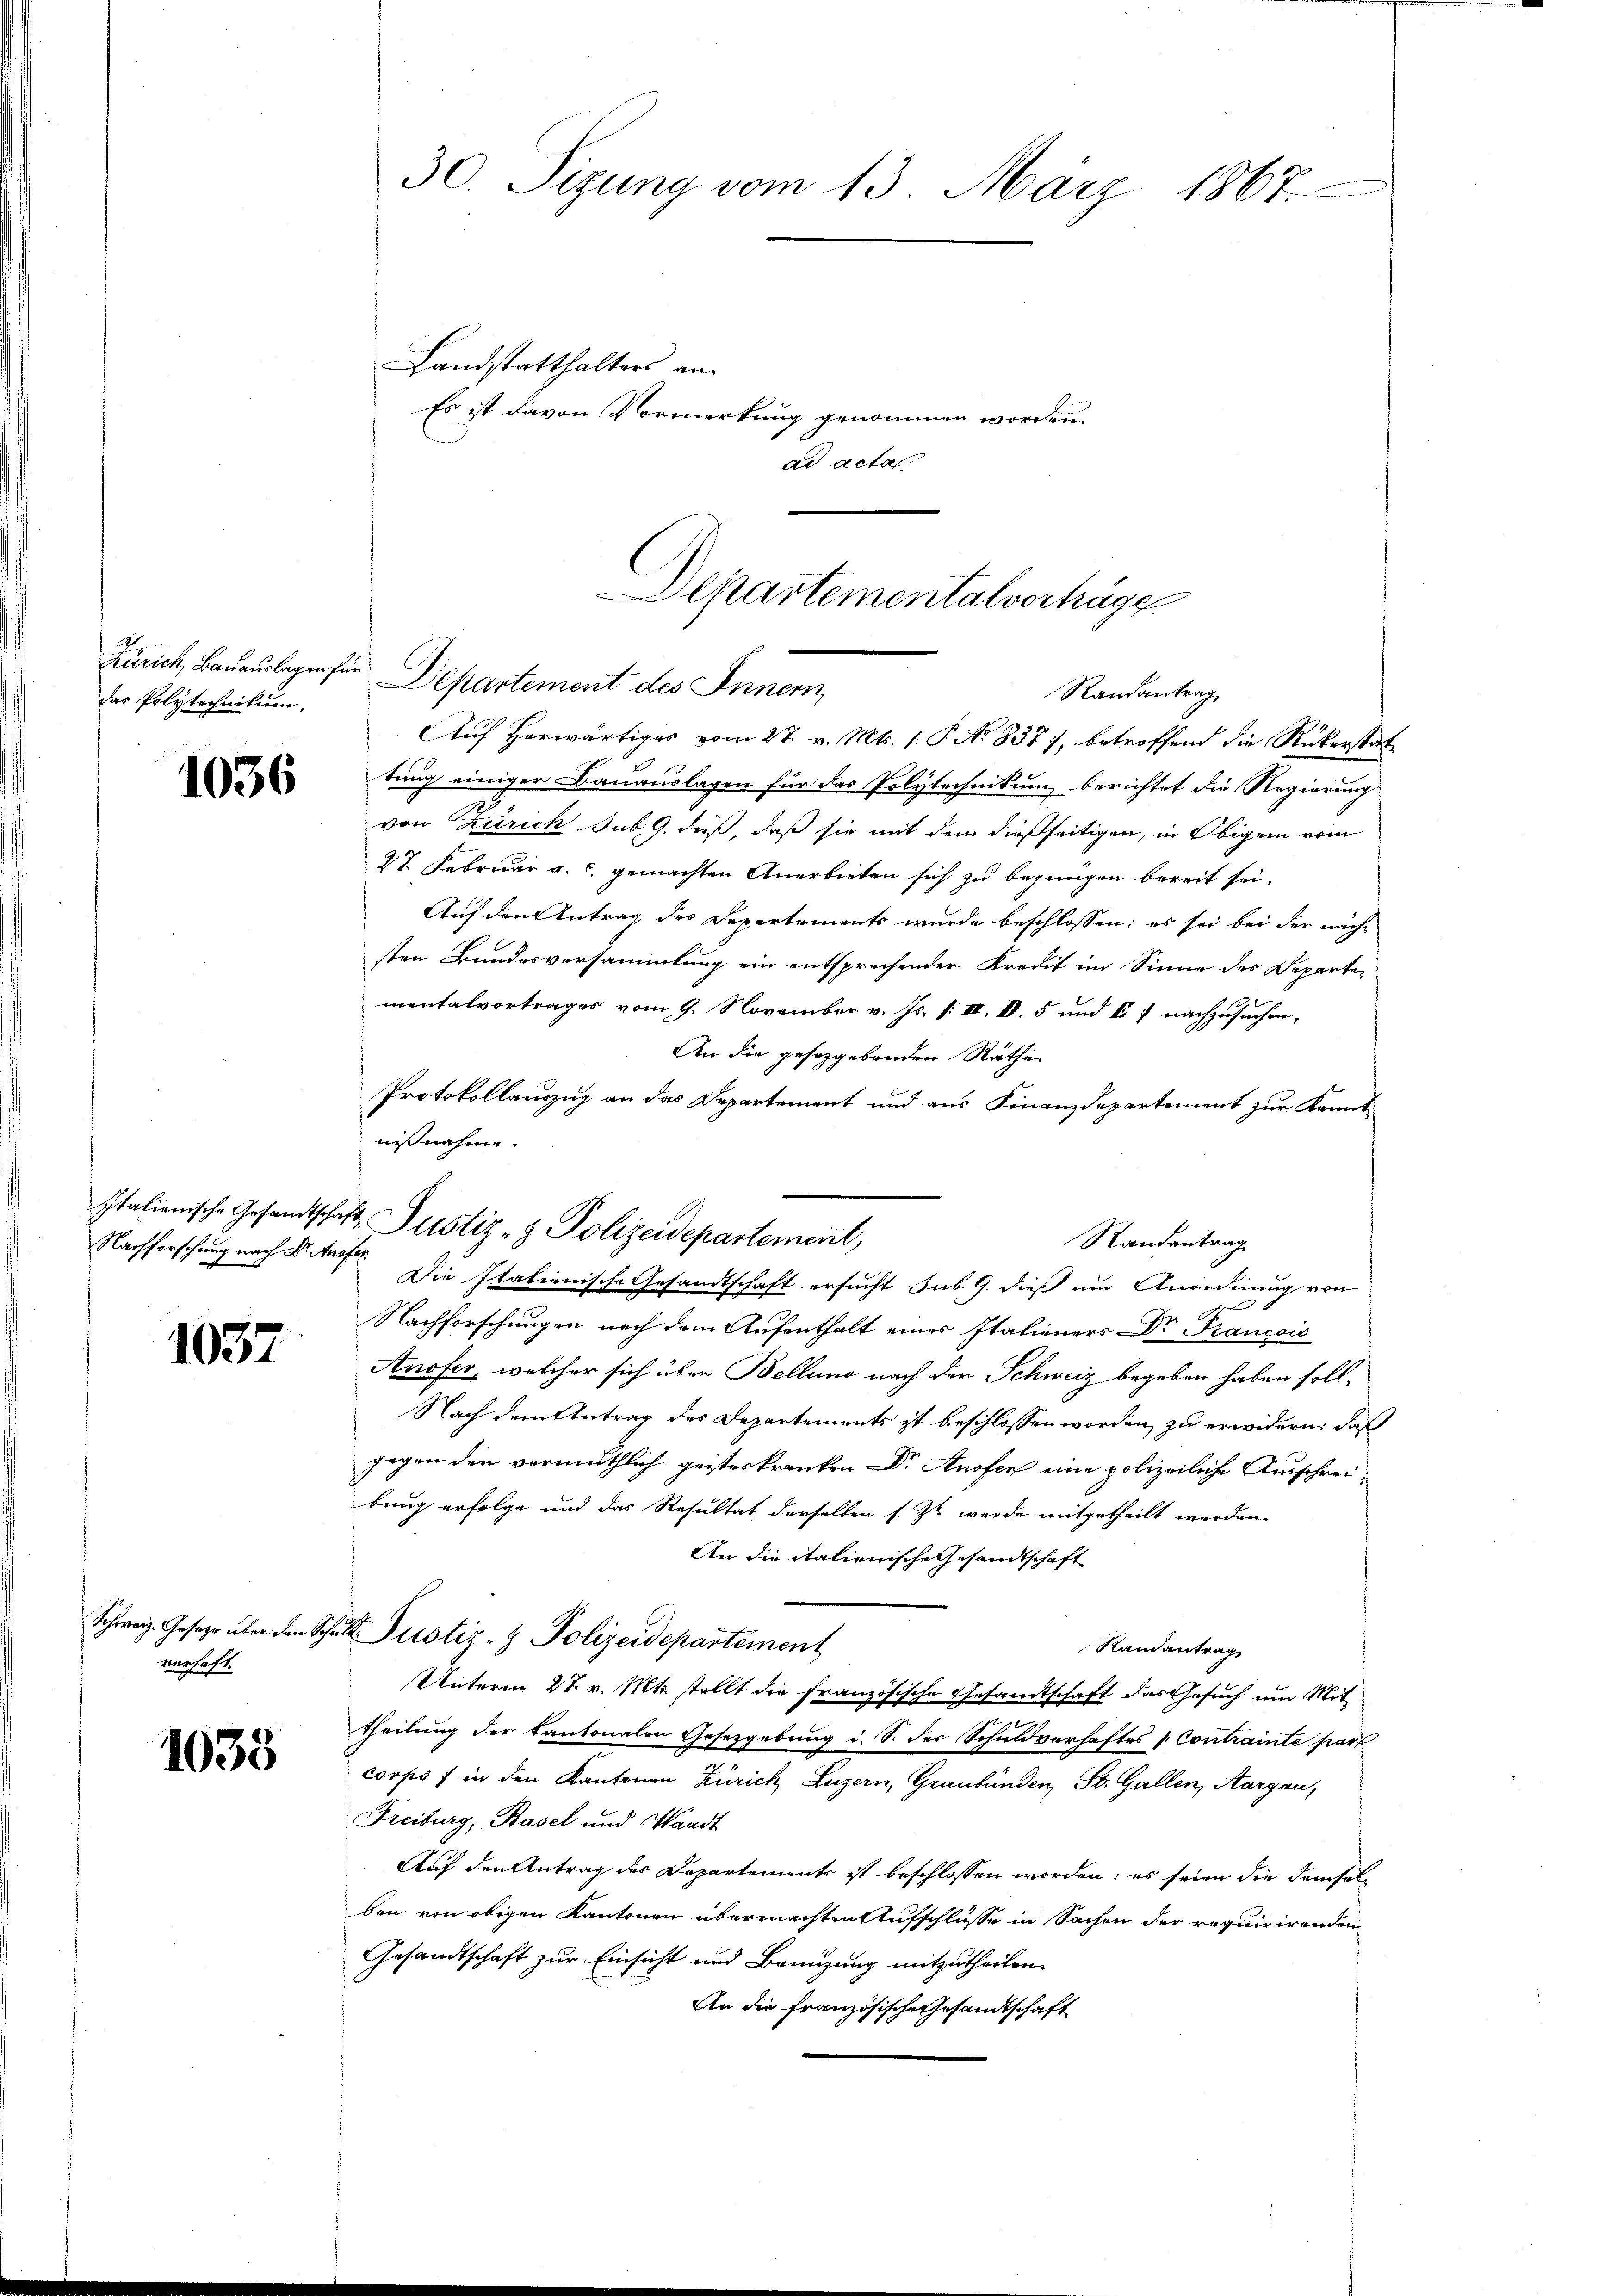
das Polytechnikum.

1036

Nachforschung nach Dr. Knofer

1037

Schweiz. Gesetze über den
verhaft

1038

30. Sizung vom 13. März 1867.

Landstatthalters an.
Es ist davon Vormerkung genommen worden.
ad acta.

Auf herwärtiges vom 27. v. Mts. 1. P. No 8377, betreffend die Rickerstat-
tung einiger Bauauslagen für das Polytechnikum berichtet die Regierung
von Zürich sub. 9. dieß, daß sie mit dem dießseitigen, in Obigem vom
27. Februar a. c. gemachten Anerbieten sich zu begnügen bereit sei.
Auf den Antrag des Departements wurde beschlossen; es sei bei der näch
sten Bundesversammlung ein entsprechender Kredit im Sinne des Departementalvortrages vom 9. November v. Js. [: II, VV. 5 und V 7 nachzusuchen,
An die gesetzgebenden Räthe
Protokollauszug an das Departement und aus Finanzdepartement zur Kennt
nißnahme.
Randantrag
Die Italienische Gesandtschaft ersucht sub 9. dieß um Anordnung von
.
Nachforschungen nach dem Aufenthalt eines Italieners Dr Francois
Anofer, welcher sich über Bellung nach der Schweiz begeben haben soll¬
Nach dem Antrag des Departements ist beschlossen worden zu erwidern: daß
gegen den vermuthlich geisteskranken Dr Anofen eine polizeiliche Ausschreibung erfolge und das Resultat derselben s. Zt. werde mitgetheilt worden
An die italienische Gesandtschaft
Titt. Justiz- & Polizeidepartement
Randantrag
Unterm 27. v. Mts. stellt die französische Gesandtschaft das Gesuch um Mit
e
theilung der Kantonalen Gesetzgebung i. S. der Schuldverhaftes Contrainte part
corps f in den Kantonen Zürich, Luzern, Graubünden, St. Gallen, Aargau,
Freiburg, Basel und Waadt
Auf den Antrag des Departements ist beschlossen worden; es seien die demselben von obigen Kantonen übermachten Aufschlüsse in Sachen der requirirenden
Gesandtschaft zur Einsicht und Benuzung mitzutheilen.
An die französische Gesandtschaft

Italienische Gesandtschaft Justiz- & Polizeidepartement,

Departementalvortrage
Zürich, Bauauslagen für Departement des Innern
Randantrag